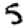
Digit: 5